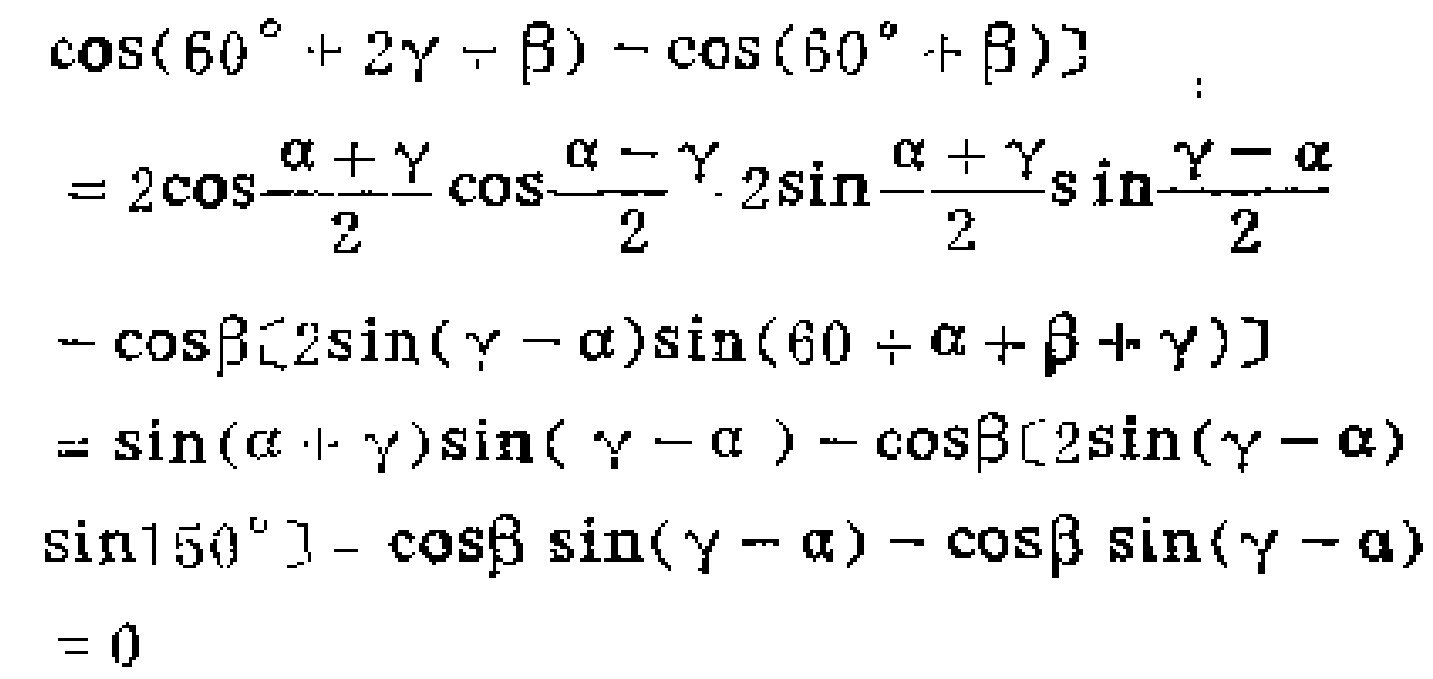
\[

\begin{align*}

&\cos(60^{\circ}+2\gamma - \beta)-\cos(60^{\circ}+\beta)\\

=&2\cos\frac{\alpha+\gamma}{2}\cos\frac{\alpha - \gamma}{2}\cdot2\sin\frac{\alpha+\gamma}{2}\sin\frac{\gamma - \alpha}{2}\\

&-\cos\beta[2\sin(\gamma - \alpha)\sin(60^{\circ}+\alpha+\beta+\gamma)]\\

=&\sin(\alpha + \gamma)\sin(\gamma - \alpha)-\cos\beta[2\sin(\gamma - \alpha)\sin150^{\circ}]-\cos\beta\sin(\gamma - \alpha)-\cos\beta\sin(\gamma - \alpha)\\

=&0

\end{align*}

\]